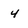
Character: 4